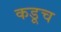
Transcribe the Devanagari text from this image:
कडूच